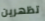
تظهرين